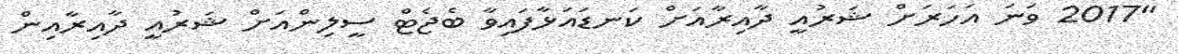
"2017 ވަނަ އަހަރަށް ޝަރުއީ ދާއިރާއަށް ކަނޑައަޅާފައިވާ ބެޖެޓް ސީލިންއަށް ޝަރުއީ ދާއިރާއިން